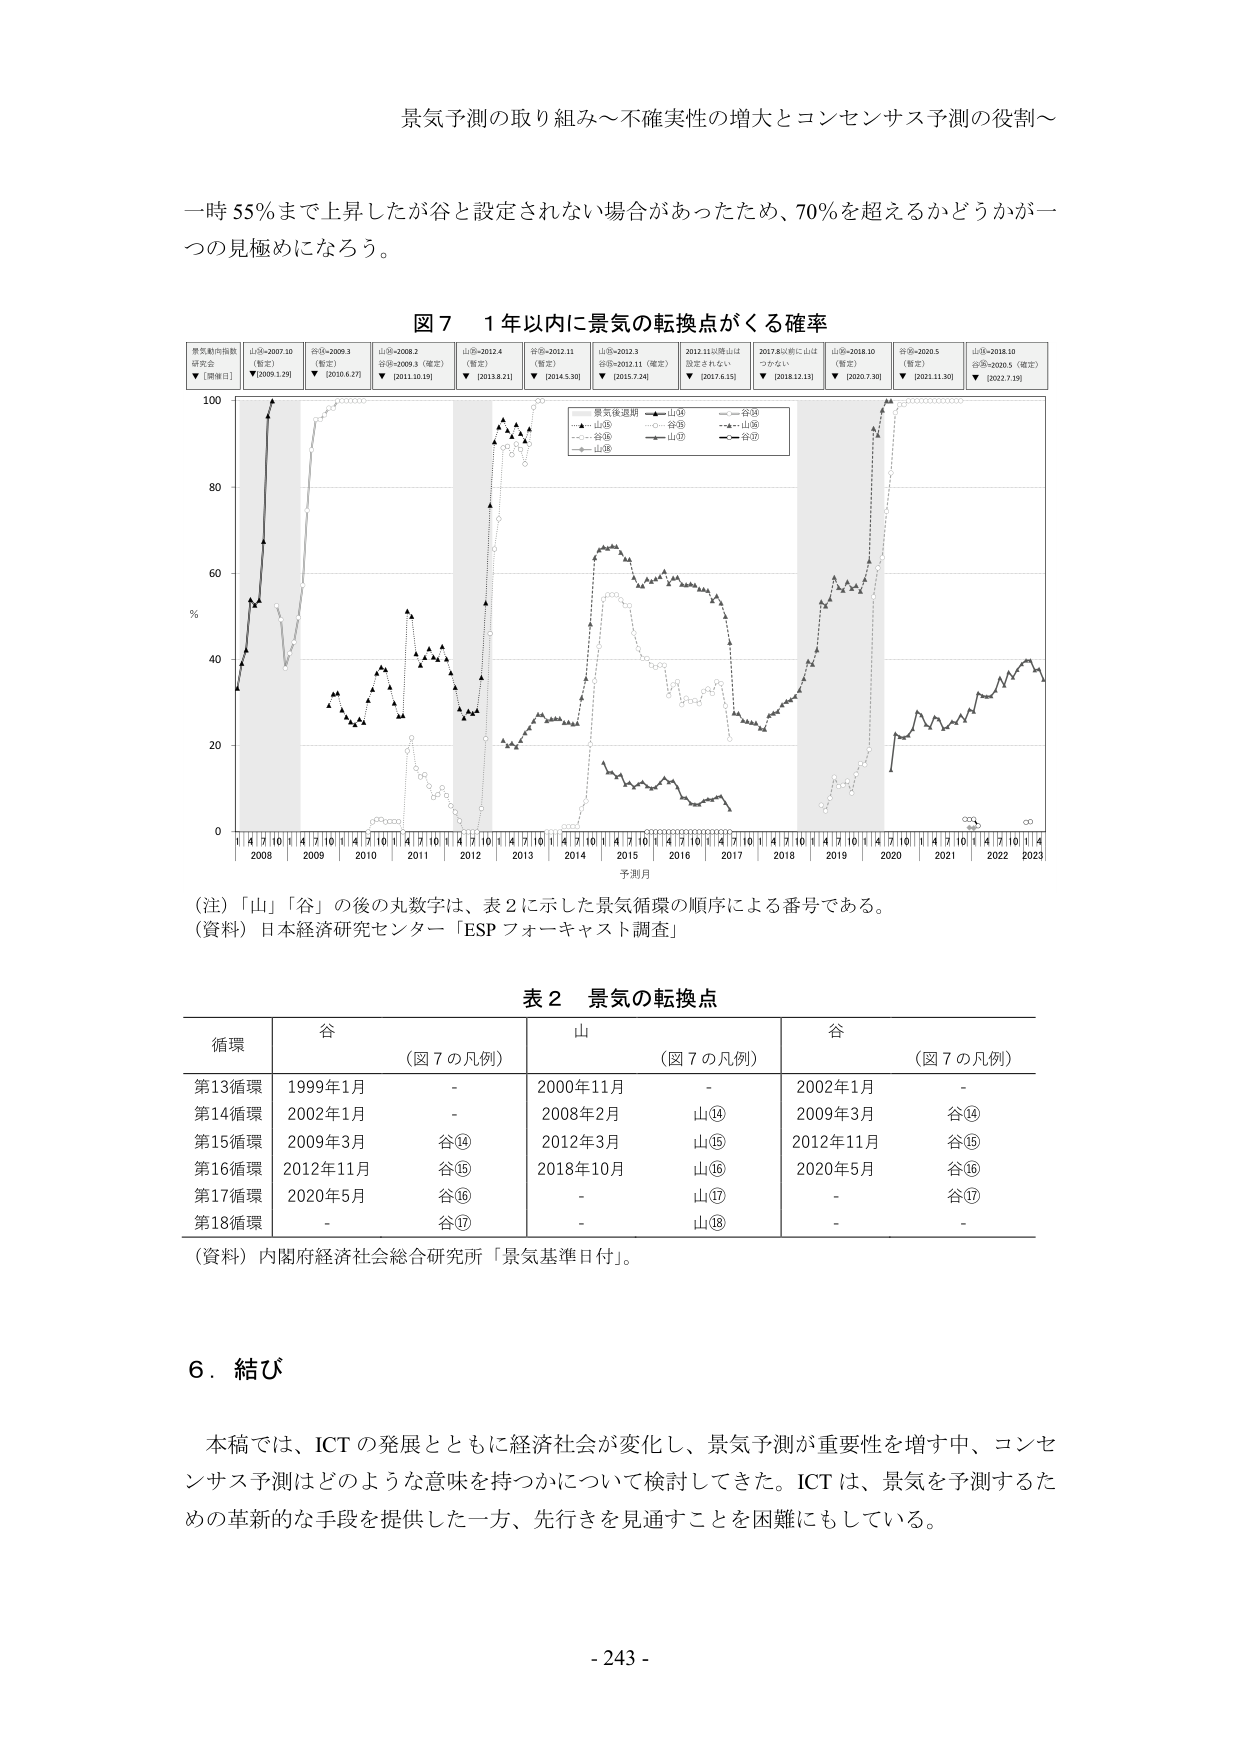
景気予測の取り組み～不確実性の増大とコンセンサス予測の役割～

一時 55％まで上昇したが谷と設定されない場合があったため、70％を超えるかどうかが一つの見極めになろう。

図７　１年以内に景気の転換点がくる確率

景気動向指数
研究会
▼［開催日］
山⑩-2007.10
（暫定）
▼［2009.1.29］
谷⑪-2009.3
（暫定）
▼［2010.6.27］
山⑫-2009.2
谷⑬-2009.3（確定）
▼［2011.10.19］
山⑭-2012.4
（暫定）
▼［2013.8.21］
谷⑮-2012.11
（暫定）
▼［2014.5.30］
山⑯-2012.3
谷⑰-2012.11（確定）
▼［2015.7.24］
2012.11以降山は
設定されていない
▼［2017.6.15］
2017.6以前に山は
つかない
▼［2018.12.13］
山⑱-2018.10
（暫定）
▼［2020.7.30］
谷⑲-2020.5
（暫定）
▼［2021.11.30］
山⑳-2018.10
谷㉑-2020.5（確定）
▼［2022.7.19］

景気後退期　▲-山⑩　—-谷⑪
　　▲-山⑫　○-谷⑬　▲-山⑭
　　○-谷⑮　○-山⑯　○-谷⑰
　　▲-山⑱　○-谷⑲　○-山⑳

100
80
60
40
20
0
%
1 4 7 10 1 4 7 10 1 4 7 10 1 4 7 10 1 4 7 10 1 4 7 10 1 4 7 10 1 4 7 10 1 4 7 10 1 4 7 10 1 4 7 10 1 4
2008 2009 2010 2011 2012 2013 2014 2015 2016 2017 2018 2019 2020 2021 2022 2023
予測月

（注）「山」「谷」の後の九数字は、表２に示した景気循環の順序による番号である。
（資料）日本経済研究センター「ESP フォーキャスト調査」

表２　景気の転換点

循環　　谷　　　　　　　　山　　　　　　　　谷
　　　　（図７の凡例）　　（図７の凡例）　　（図７の凡例）
第13循環　1999年1月　　　-　　　　　　2000年11月　　　-　　　　　　2002年1月　　　-
第14循環　2002年1月　　　-　　　　　　2008年2月　　　山⑭　　　　2009年3月　　　谷⑭
第15循環　2009年3月　　　谷⑭　　　　2012年3月　　　山⑮　　　　2012年11月　　　谷⑮
第16循環　2012年11月　　　谷⑮　　　　2018年10月　　　山⑯　　　　2020年5月　　　谷⑯
第17循環　2020年5月　　　谷⑯　　　　-　　　　　　山⑰　　　　-　　　　　　谷⑰
第18循環　-　　　　　　谷⑰　　　　-　　　　　　山⑱　　　　-　　　　　　-

（資料）内閣府経済社会総合研究所「景気基準日付」。

６．結び

本稿では、ICT の発展とともに経済社会が変化し、景気予測が重要性を増す中、コンセンサス予測はどのような意味を持つかについて検討してきた。ICT は、景気を予測するための革新的な手段を提供した一方、先行きを見通すことを困難にもしている。

- 243 -